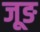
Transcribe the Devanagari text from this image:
जूङ